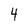
Character: 4